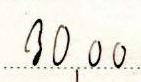
30,00